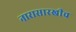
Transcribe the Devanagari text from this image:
नारासारखीच